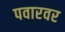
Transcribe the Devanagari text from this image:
पवारवर